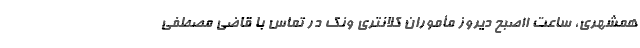
همشهری، ساعت ۱۱صبح دیروز مأموران کلانتری ونک در تماس با قاضی مصطفی